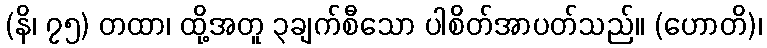
(နိ၊ ၇၅) တထာ၊ ထို့အတူ ၃ချက်စီသော ပါစိတ်အာပတ်သည်။ (ဟောတိ)၊